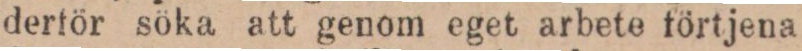
derför söka att genom eget arbete förtjena